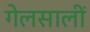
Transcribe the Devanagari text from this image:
गेलसालीं